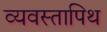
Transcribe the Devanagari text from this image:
व्यवस्तापिथ